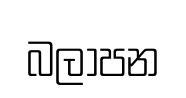
බලාපන